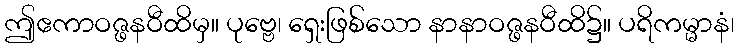
ဤဧကာဝဇ္ဖနဝီထိမှ။ ပုဗ္ဗေ၊ ရှေးဖြစ်သော နာနာဝဇ္ဖနဝီထိ၌။ ပရိကမ္မာနံ၊